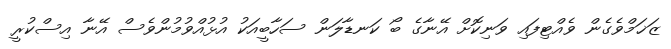
ޒަޚަމްވެގެން ވެއްޓިފައި ވަނިކޮށް އޭނާގެ ބޯ ކަނޑާލަން ސަހާބީއަކު އުޅުއްވުމުންވެސް އޭނާ އިސްކުރީ